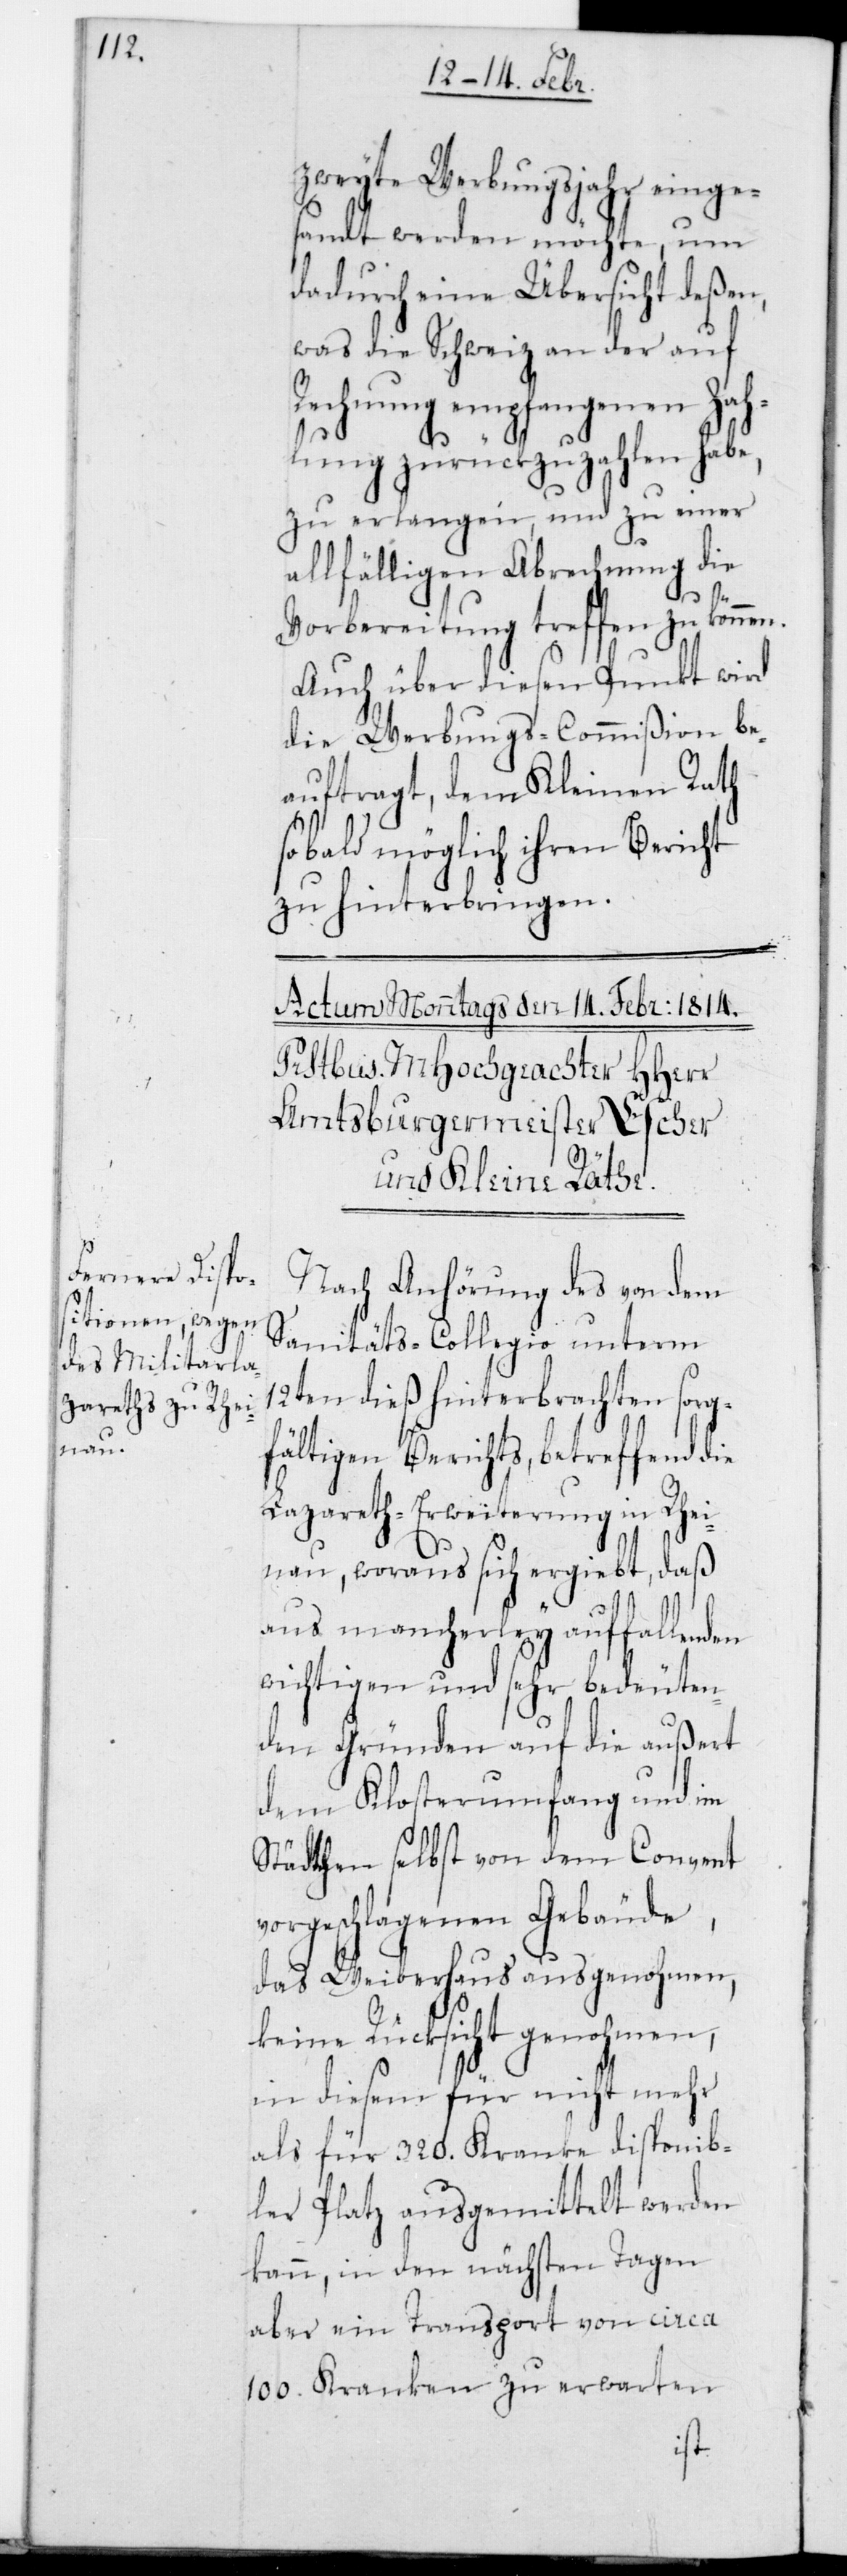
zweyte Werbungsjahr einge¬
sandt werden möchte, um
dadurch eine Übersicht deßen,
was die Schweiz an der auf
Rechnung empfangenen Zah¬
lung zurückzuzahlen habe,
zu erlangen, und zu einer
allfähligen Abrechnung die
Vorbereitung treffen zu können.
Auch über diesen Punkt wird
die Werbungs-Commißion be¬
auftragt, dem Kleinen Rath
sobald möglich ihren Bericht
zu hinterbringen.
Nach Anhörung des von dem
Sanitäts-Collegio unterm
12ten dieß hinterbrachten sorg¬
fältigen Berichts, betreffend die
Lazareth-Erweiterung Rhei¬
nau, woraus sich ergiebt, daß
aus mancherlei auffallenden
wichtigen und sehr bedeuten¬
den Gründen auf die außert
dem Klosterumfang und im
Städtchen selbst von dem Convent
vorgeschlagenen Gebäude,
das Weiberhaus ausgenohmen,
keine Rücksicht genohmen,
in diesem für nicht mehr
als für 320. Kranke disponib¬
ler Platz ausgemittelt werden
kann, in den nächsten Tagen
aber ein Transport von circa
100. Kranken zu erwarten